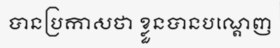
បានប្រកាសថា ខ្លួនបានបណ្តេញ